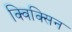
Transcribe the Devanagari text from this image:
क्विक्सिन